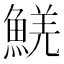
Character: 𩸑